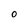
Character: O